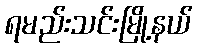
ရမည်းသင်းမြို့နယ်